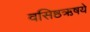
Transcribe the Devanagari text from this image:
वसिष्ठऋषये